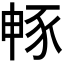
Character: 𮙜